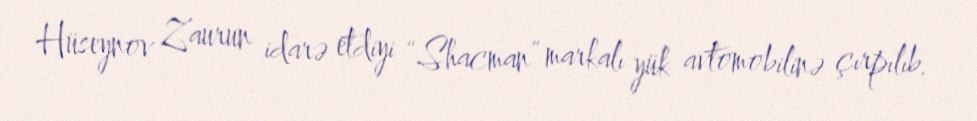
Hüseynov Zaurun idarə etdiyi “Shacman” markalı yük avtomobilinə çırpılıb.